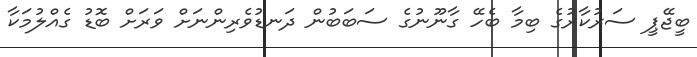
ބީޖޭޕީ ސަރުކާރުގެ ބިމާ ބެހޭ ގާނޫނުގެ ސަބަބުން ދަނޑުވެރިންނަށް ވަރަށް ބޮޑު ގެއްލުމަކާ